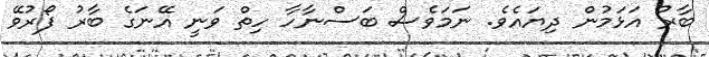
ބާރު އަޅަމުން ދިޔައެވެ. ނަމަވެސް ބަސްނާހާ ހިތް ވަނީ އޭނަގެ ބާރު ފޯރުވޭ